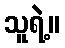
သူရဲ့။